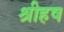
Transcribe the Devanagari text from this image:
श्रीहष